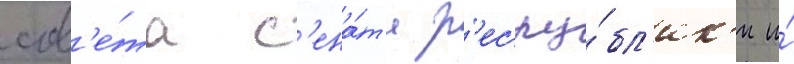
сов'е́та с'ена́та р'еспу́бл'ик'и и́